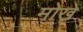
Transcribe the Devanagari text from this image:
मोखे